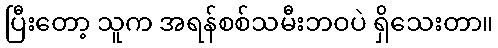
ပြီးတော့ သူက အရန်စစ်သမီးဘဝပဲ ရှိသေးတာ။